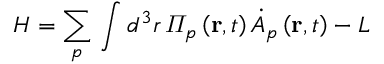
H = \sum _ { p } \, \int d ^ { 3 } r \, \varPi _ { p } \left( \mathbf { r } , t \right) \dot { A } _ { p } \left( \mathbf { r } , t \right) - L